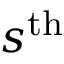
s ^ { \mathrm { t h } }